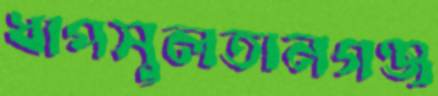
ধাপসুলতানগঞ্জ